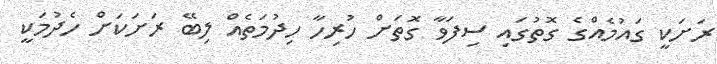
ރަށަކީ ގައުމެއްގެ ގޮތުގައި ސިފަވާ ގޮތަށް ހުރިހާ ހިދުމަތެއް ލިބޭ ރަށަކަށް ހެދުމަކީ